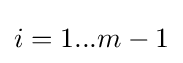
i=1...m-1